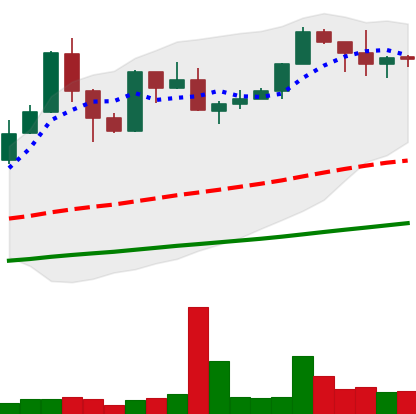
Ticker: XMR-USD
Chart end date: 2019-06-01
Forward return: -6.49%
Label: down_5_7